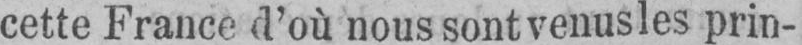
cette France d’où nous sont venus les prin-